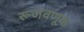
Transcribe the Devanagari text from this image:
रूजवणूक